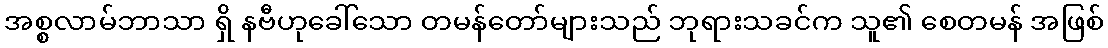
အစ္စလာမ်ဘာသာ ရှိ နဗီဟုခေါ်သော တမန်တော်များသည် ဘုရားသခင်က သူ၏ စေတမန် အဖြစ်